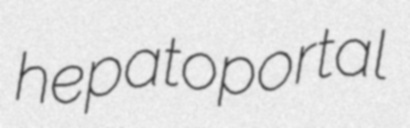
hepatoportal